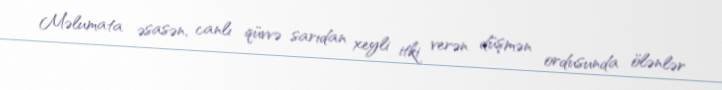
Məlumata əsasən, canlı qüvvə sarıdan xeyli itki verən düşmən ordusunda ölənlər